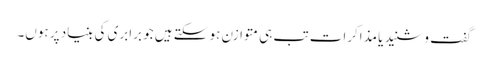
گفت و شنید یا مذاکرات تب ہی متوازن ہو سکتے ہیں جو برابری کی بنیاد پر ہوں۔